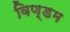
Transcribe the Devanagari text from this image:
विण्डम